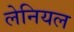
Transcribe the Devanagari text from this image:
लेनियल